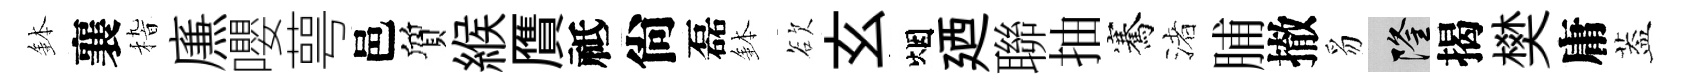
鉢襄𥟵㢘嚶萼邑質緱贋祗尙磊鉢欲玄烟廼聯抽騫渚脯撤豸隆揭樊庸葢